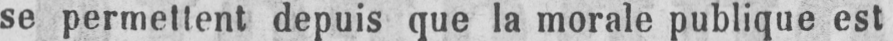
se permettent depuis que la morale publique est